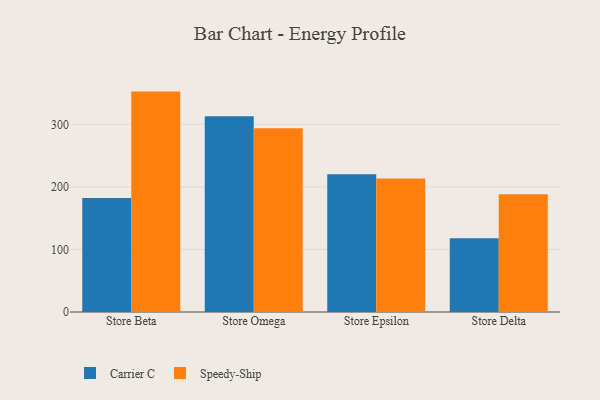
{"axis": {"x": "Store", "y": "Customer Acquisition Cost (USD)"}, "legend": ["Carrier C", "Speedy-Ship"], "data": [{"x": "Store Beta", "y": 182.3, "type": "Carrier C"}, {"x": "Store Beta", "y": 352.4, "type": "Speedy-Ship"}, {"x": "Store Omega", "y": 312.9, "type": "Carrier C"}, {"x": "Store Omega", "y": 293.7, "type": "Speedy-Ship"}, {"x": "Store Epsilon", "y": 220.2, "type": "Carrier C"}, {"x": "Store Epsilon", "y": 213.5, "type": "Speedy-Ship"}, {"x": "Store Delta", "y": 118.0, "type": "Carrier C"}, {"x": "Store Delta", "y": 188.3, "type": "Speedy-Ship"}]}